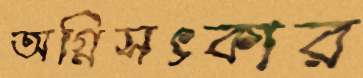
অগ্নিসৎকার